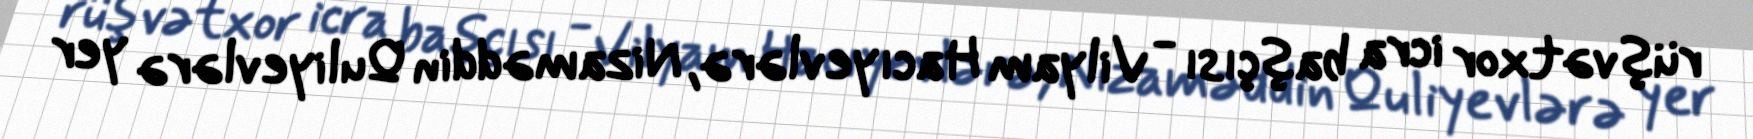
rüşvətxor icra başçısı - Vilyam Hacıyevlərə, Nizaməddin Quliyevlərə yer